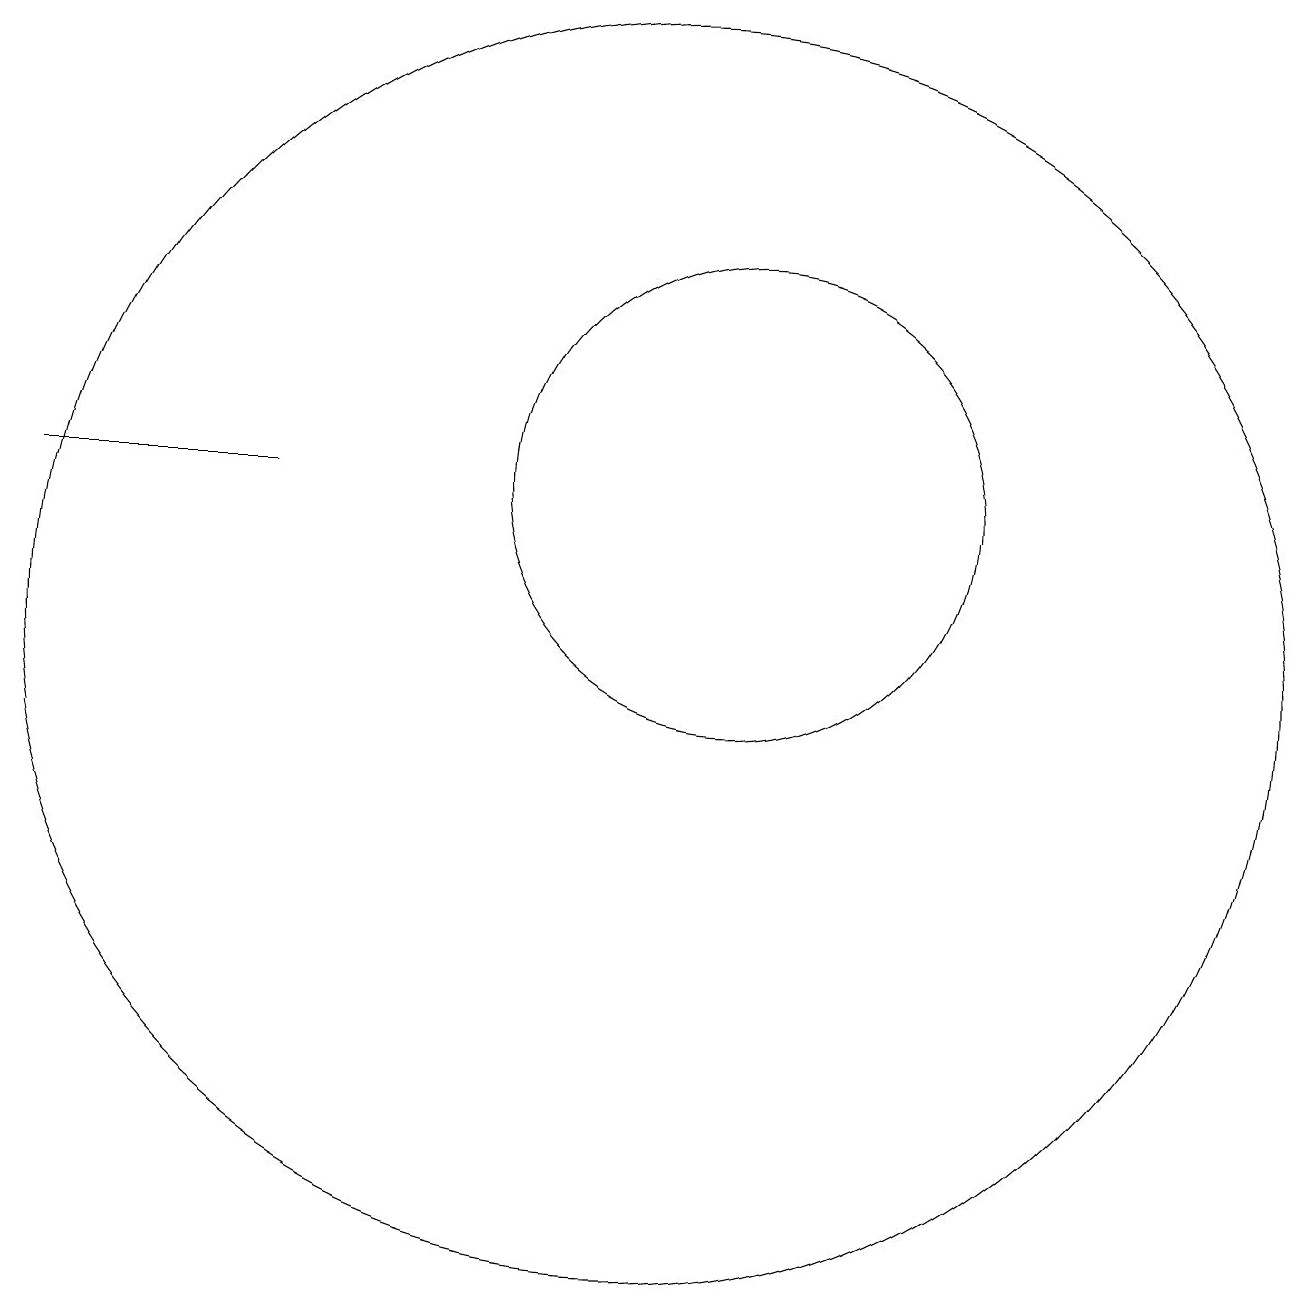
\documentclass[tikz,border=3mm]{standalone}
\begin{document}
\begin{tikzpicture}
\draw (12,12) circle (3);
\draw (3,12) rectangle (6,12);
\draw (11,10) circle (8);
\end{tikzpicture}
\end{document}